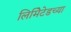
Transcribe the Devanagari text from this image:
लिमिेटेडच्या